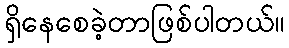
ရှိနေစေခဲ့တာဖြစ်ပါတယ်။